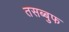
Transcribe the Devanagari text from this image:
तसब्बुफ